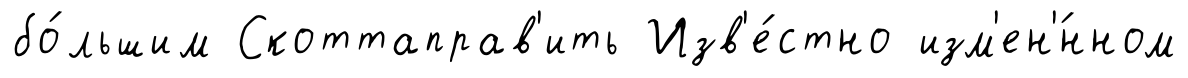
бо́льшим Скоттаправ'ить Изв'е́стно изм'ен'́нном